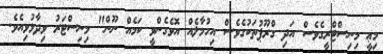
މިޢީ މިނިސްޓްރީގެވެސް އަދި ގްރޫޕުތަކުގެވެސް އިހުމާލެއް އޮވެގެންވީ ކަމެއް ނޫން" މިނިސްޓަރު ވިދާޅުވިއެވެ.